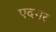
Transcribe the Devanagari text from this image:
एदगर